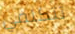
تتكلمي